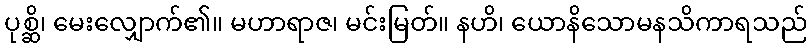
ပုစ္ဆိ၊ မေးလျှောက်၏။ မဟာရာဇ၊ မင်းမြတ်။ နဟိ၊ ယောနိသောမနသိကာရသည်